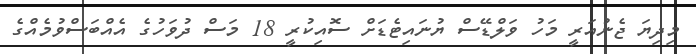
މިދިޔަ ޖެނުއަރީ މަހު ވަލްޑޭސް ޔުނައިޓެޑަށް ސޮއިކުރީ 18 މަސް ދުވަހުގެ އެއްބަސްވުމެއްގެ